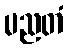
မညတံ